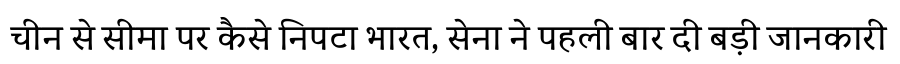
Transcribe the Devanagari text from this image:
चीन से सीमा पर कैसे निपटा भारत, सेना ने पहली बार दी बड़ी जानकारी